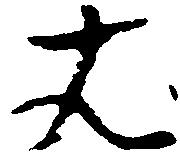
は